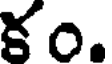
కం.